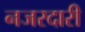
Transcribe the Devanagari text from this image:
नजरदारी